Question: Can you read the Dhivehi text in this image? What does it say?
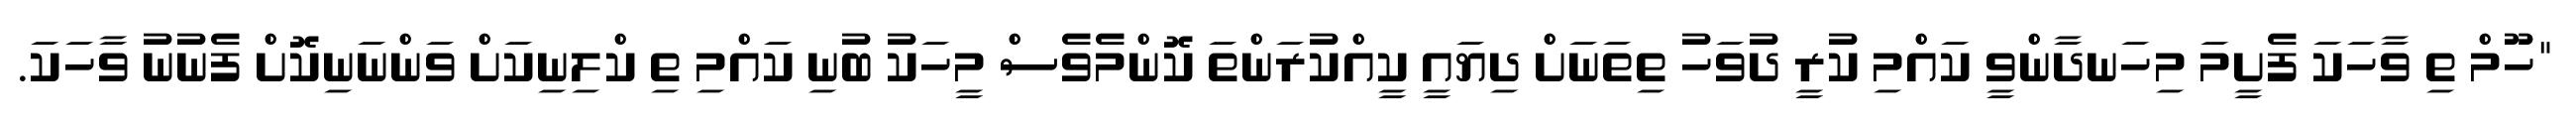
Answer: "ހޫމް ތި ވާހަކަ ފެށީމަ މިހަނދާންވީ ކައްމި ކުރީ ދުވަހު ތިތަނަށް ދިޔައީ ކީއްކުރަންތަ ކޮންމެވެސް މީހަކު ބުނި ކައްމި ތި ކްލިނިކަށް ވަންނަނިކޮށް ފެނުނު ވާހަކަ.